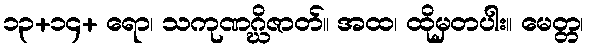
၁၃+၁၄+ ရော၊ သကုဏဂ္ဃိဇာတ်။ အထ၊ ထိုမှတပါး။ မေတ္တ၊